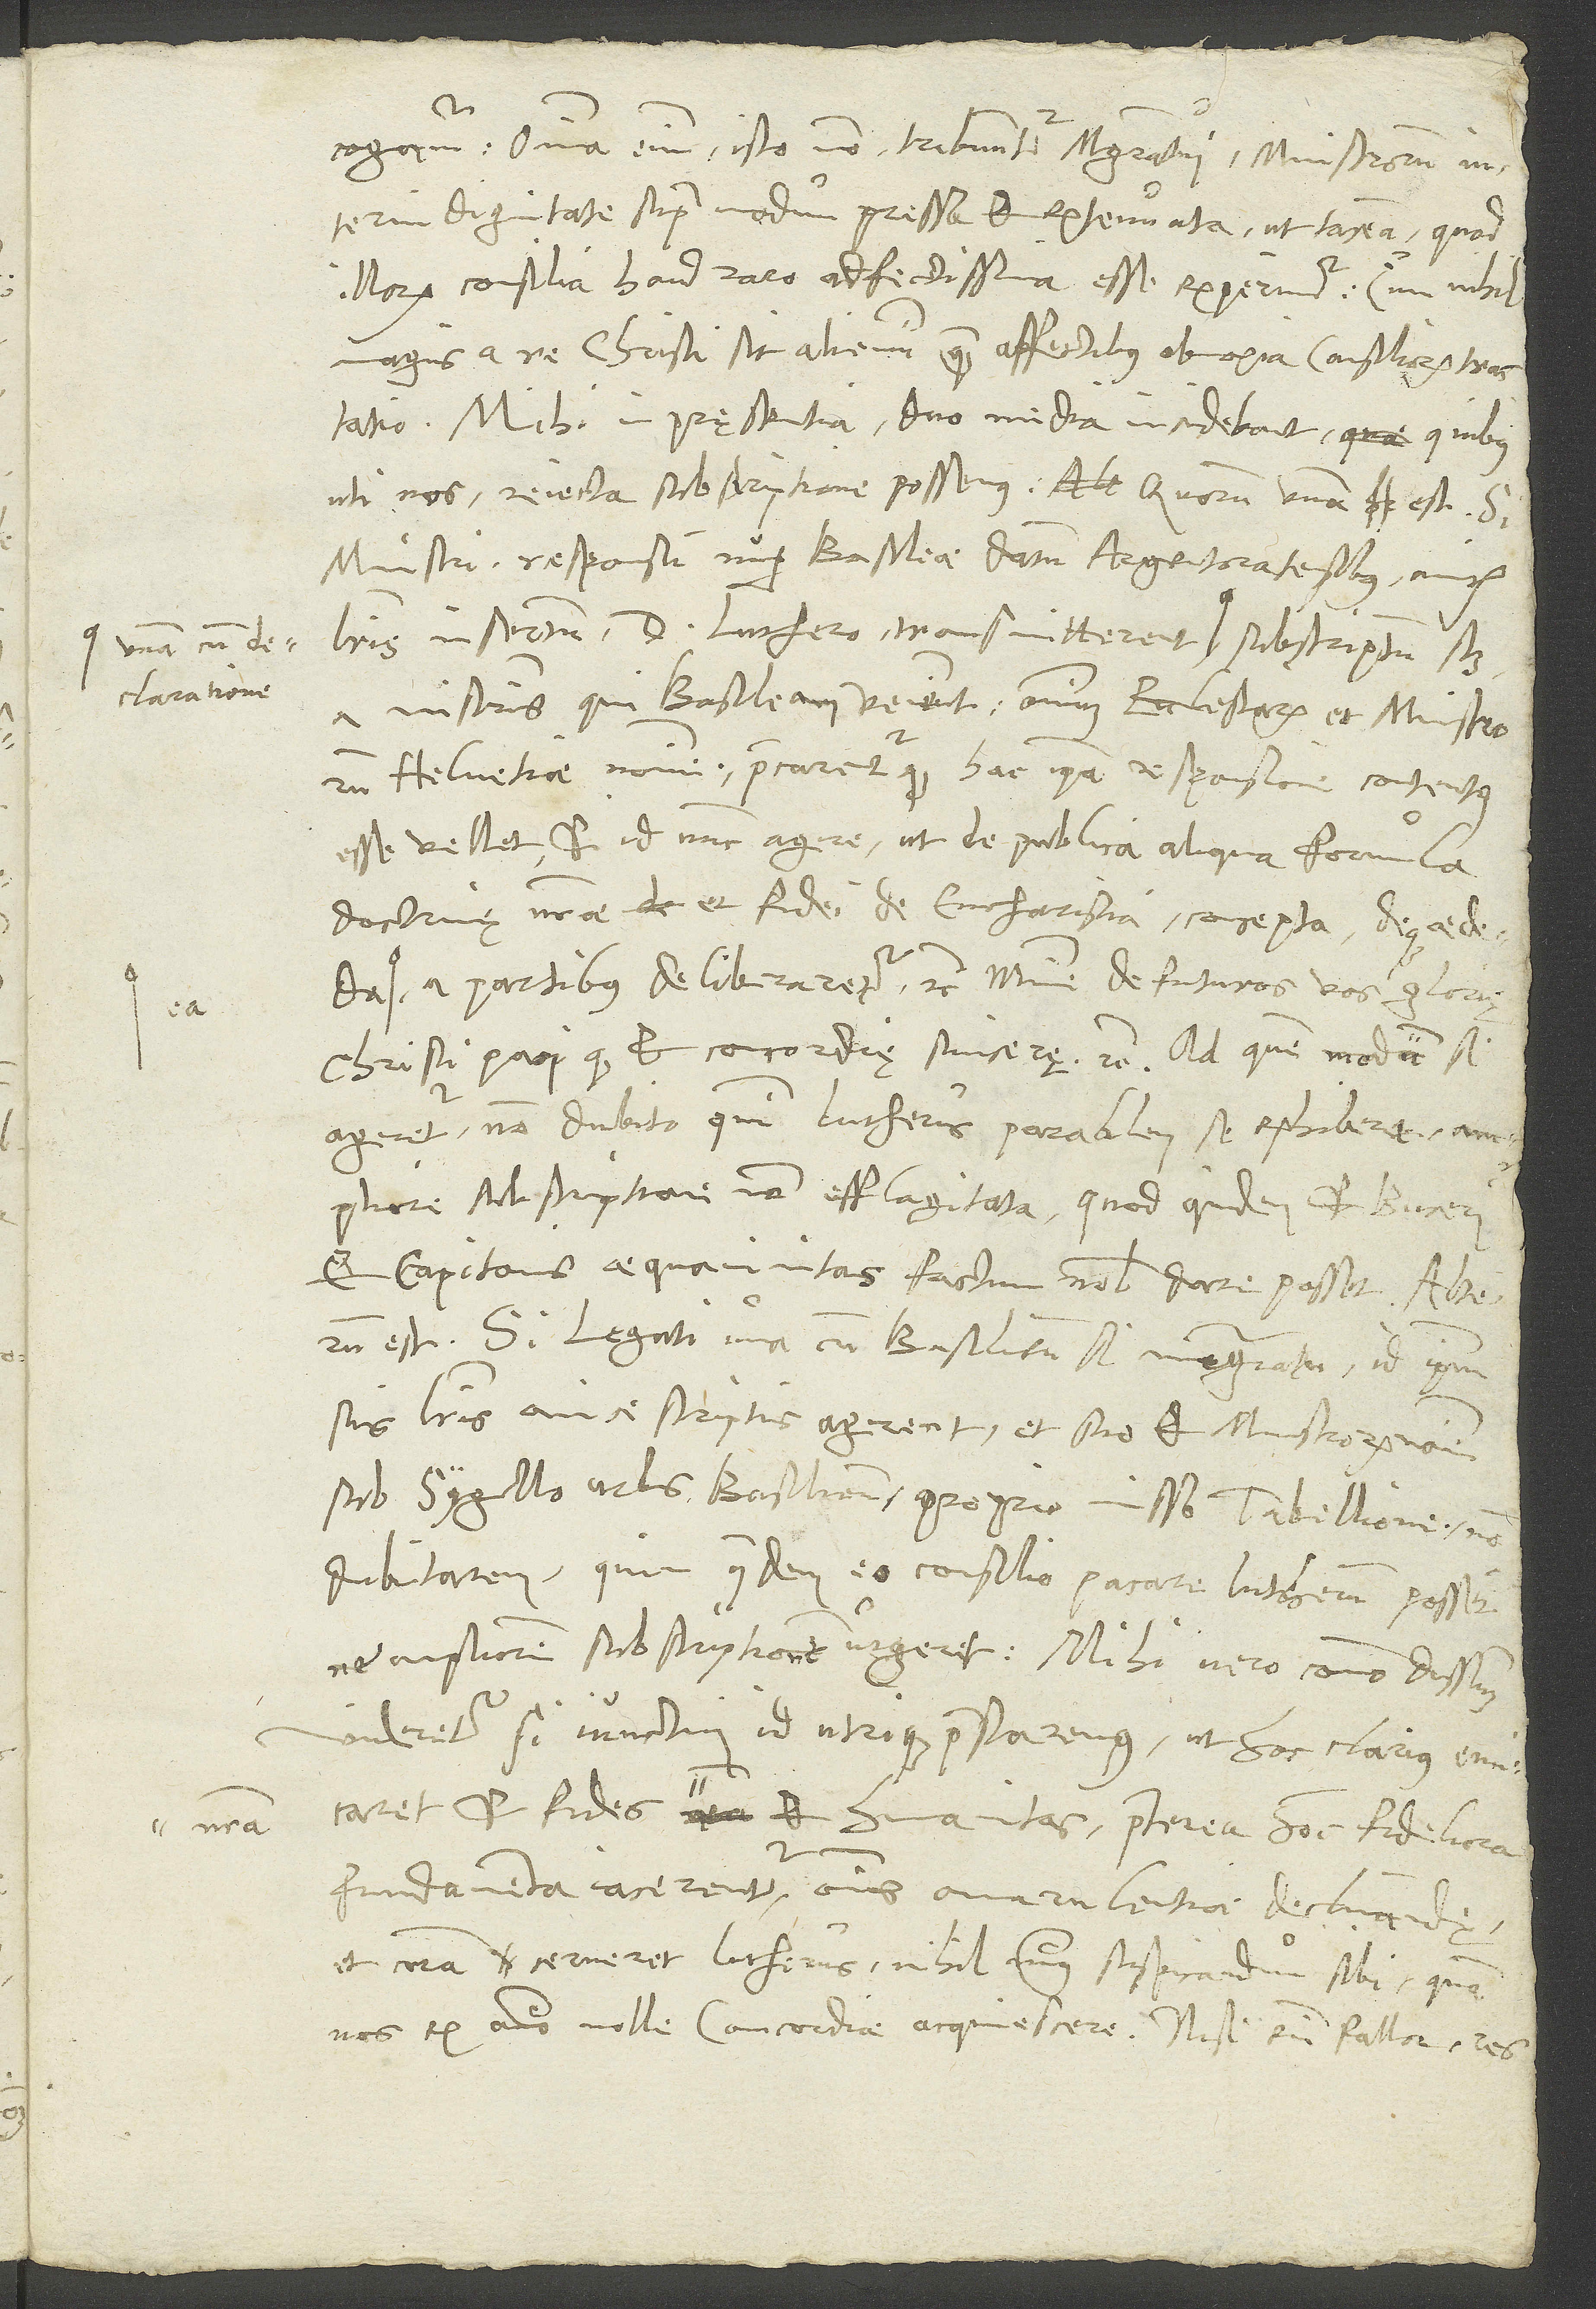
S.
cogamur. Omnia enim isto modo tribuuntur magistratui ministrorum
interim dignitate supra modum pressa et extenuata, ut taceam, quod
illorum consilia haud raro adfectissima esse experimur, cum nihil
magis a re Christi sit alienum, quam affectibus obnoxia consiliorum tractatio.
Mihi in pręsentia duo media incidebant, quibus
uti nos reiecta subscriptione possemus. Quorum unum est: Si
ministri responsum nuper Basileae datum Argentoratensibus amicis
ministris, qui Basileam venient, omnium ecclesiarum et ministrorum
Helvetiae nomine praecarenturque, hac ipsa responsione contentus
esse vellet et id nunc agere, ut de publica aliqua formula
doctrinę nostrae et fidei de eucharistia concepta deque aedenda
a partibus deliberaretur etc., minime defuturos vos gloriae
Christi pacique et concordię sincerę etc. Ad quem modum si
ageretur, non dubito, quin Lutherus parabilem se exhiberet ampliore
subscriptione non efflagitata, quod quidem et Buceri
et Capitonis aequanimitas factum nobis dare posset. Alterum
est: Si legati una cum Basiliensi magistratu id ipsum
literis amice scriptis agerent et suo et ministrorum nomine
sub sygillo urbis Basiliensis proprio misso tabellione, non
dubitarem, quin quidem eo consilio pacare Lutherum possent,
ne ampliorem subscriptionem urgeret. Mihi vero commodissimum
videretur, si iunctim id utrique praestaremus, ut hoc darius emicaret
et fides nostra et humanitas, praeterea hoc fideliora
fundamenta iacerentur omnis amarulentiae declinandę,
et coram cerneret Lutherus nihil minus suspicandum sibi, quam
nos ex animo nolle concordiae acquiescere. Nisi enim fallor, res